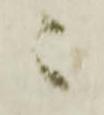
ニ